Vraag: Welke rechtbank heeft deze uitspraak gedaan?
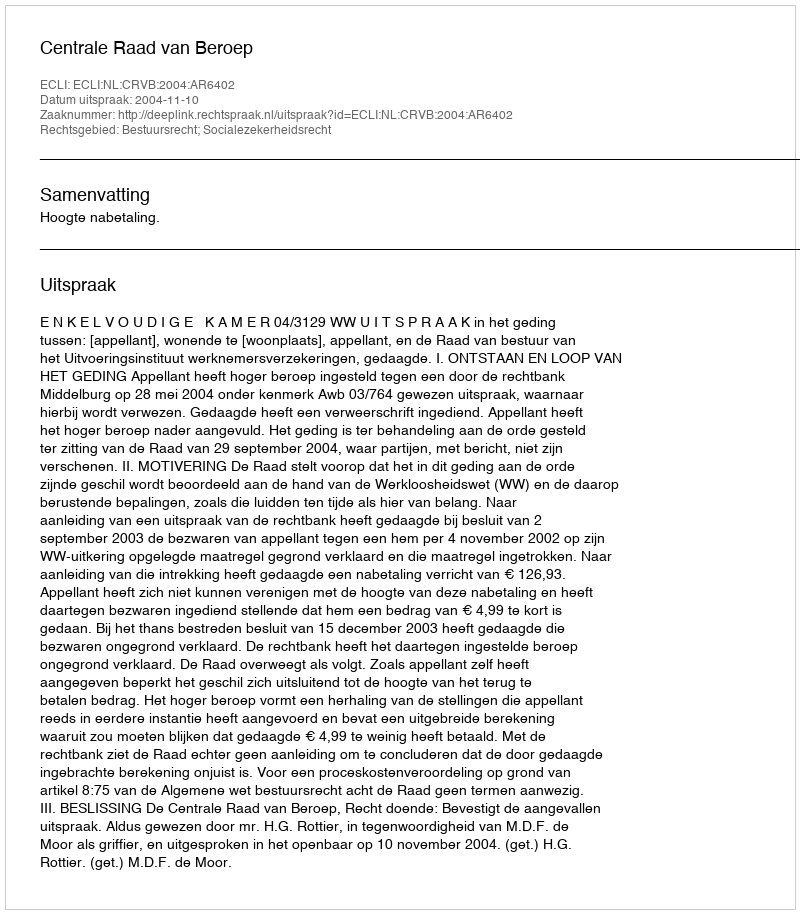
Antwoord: Centrale Raad van Beroep